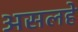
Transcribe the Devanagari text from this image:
असलहे